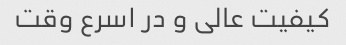
کیفیت عالی و در اسرع وقت